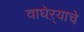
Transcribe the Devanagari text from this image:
वाघेऱ्याचे